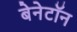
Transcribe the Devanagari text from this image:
बेनेटॉन